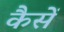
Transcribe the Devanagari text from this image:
कैसें